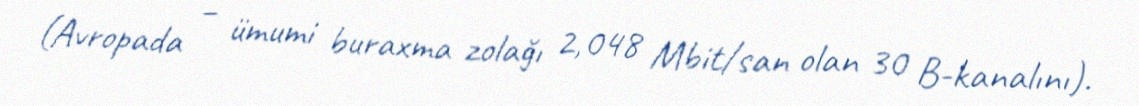
(Avropada – ümumi buraxma zolağı 2,048 Mbit/san olan 30 B-kanalını).